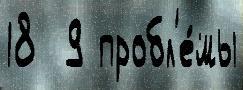
18  9 пробл'е́мы